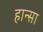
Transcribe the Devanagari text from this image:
हान्सा